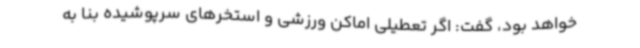
خواهد بود، گفت: اگر تعطیلی اماکن ورزشی و استخرهای سرپوشیده بنا به